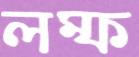
লম্ফ